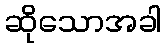
ဆိုသောအခါ